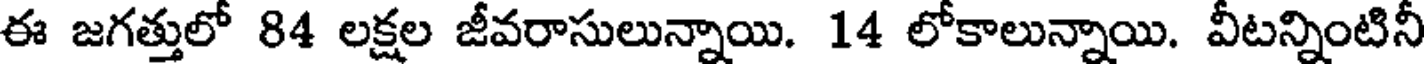
ఈ జగత్తులో 84 లక్షల జీవరాసులున్నాయి. 14 లోకాలున్నాయి. వీటన్నింటినీ